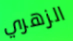
الزهري